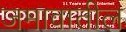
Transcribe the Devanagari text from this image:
जमावातील